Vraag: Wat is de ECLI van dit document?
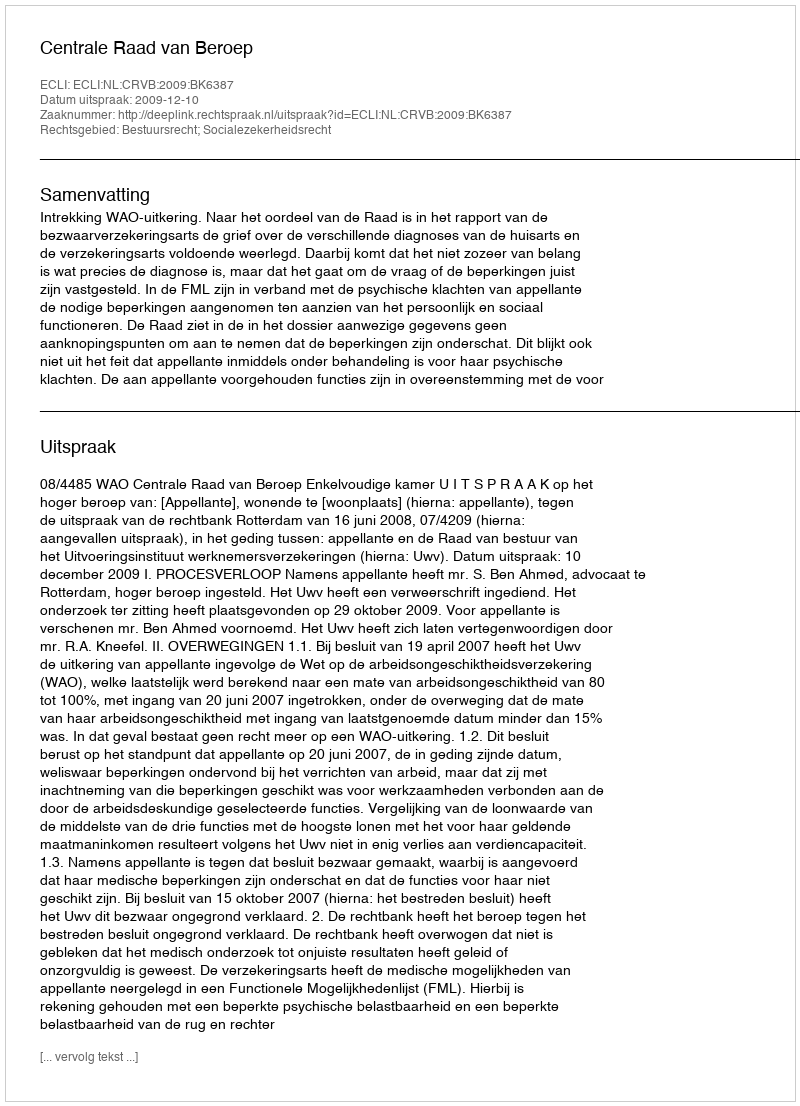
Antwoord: ECLI:NL:CRVB:2009:BK6387